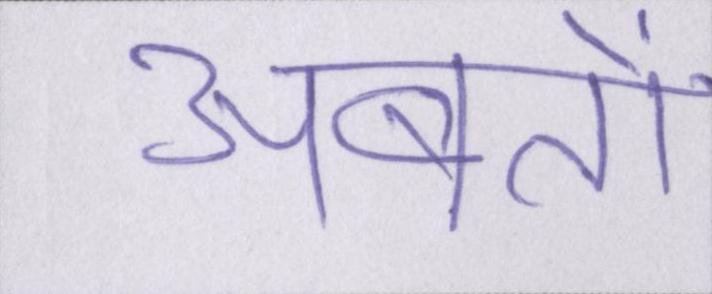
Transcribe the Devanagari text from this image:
अबतो